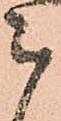
被